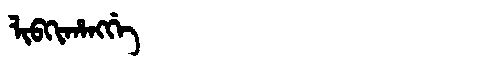
Manchu: ᠯᡳᠪᡴᡳᡥᠠᠩᡤᡝ
Romanization: LIBKIHANGGE